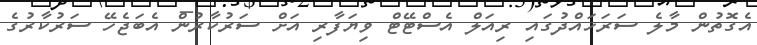
އެގޮތުން މާލެ ސަރަހައްދުގައި ރިއަލް އެސްޓޭޓް ވިޔަފާރި އަށް ސަރުކާރުން އެބަޖެހޭ ސަރުކާރުގެ